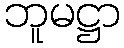
ဘူမဋ္ဌာ